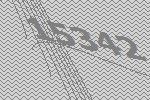
15342